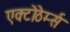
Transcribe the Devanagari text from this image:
एक्टोठेर्म्स